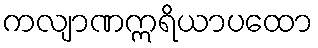
ကလျာဏဣရိယာပထော